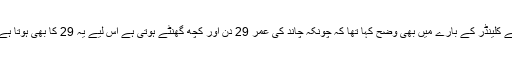
فواد چودھری نے کلینڈر کے بارے میں بھی وضح کہا تھا کہ چونکہ چاند کی عمر 29 دن اور کچھ گھنٹے ہوتی ہے اس لیے یہ 29 کا بھی ہوتا ہے اور30 کابھی۔